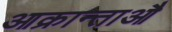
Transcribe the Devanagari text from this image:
आक्रान्ताऔ